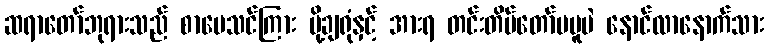
ဆရာတော်ဘုရားသည် စာပေသင်ကြား ပို့ချရုံနှင့် အားရ တင်းတိမ်တော်မမူပဲ နောင်လာနောက်သား